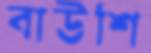
বাউশি